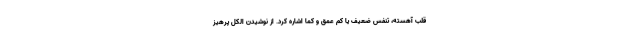
قلب آهسته، تنفس ضعیف یا کم عمق و کما اشاره کرد. از نوشیدن الکل پرهیز